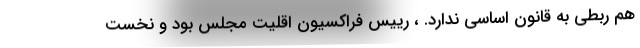
هم ربطی به قانون اساسی ندارد. ، رییس فراکسیون اقلیت مجلس بود و نخست